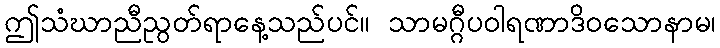
ဤသံဃာညီညွတ်ရာနေ့သည်ပင်။ သာမဂ္ဂီပဝါရဏာဒိဝသောနာမ၊